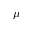
\mu